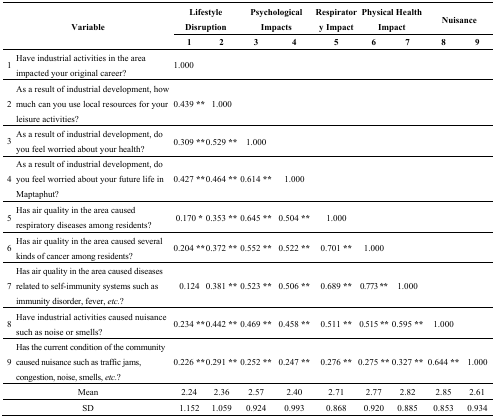
<table><thead><tr><td rowspan="2" colspan="2"><b>Variable</b></td><td colspan="2"><b>Lifestyle Disruption</b></td><td colspan="2"><b>Psychological Impacts</b></td><td><b>Respiratory Impact</b></td><td colspan="2"><b>Physical Health Impact</b></td><td colspan="2"><b>Nuisance</b></td></tr><tr><td><b>1</b></td><td><b>2</b></td><td><b>3</b></td><td><b>4</b></td><td><b>5</b></td><td><b>6</b></td><td><b>7</b></td><td><b>8</b></td><td><b>9</b></td></tr></thead><tbody><tr><td>1</td><td>Have industrial activities in the area impacted your original career?</td><td>1.000</td><td></td><td></td><td></td><td></td><td></td><td></td><td></td><td></td></tr><tr><td>2</td><td>As a result of industrial development, how much can you use local resources for your leisure activities?</td><td>0.439<b>**</b></td><td>1.000</td><td></td><td></td><td></td><td></td><td></td><td></td><td></td></tr><tr><td>3</td><td>As a result of industrial development, do you feel worried about your health?</td><td>0.309<b>**</b></td><td>0.529<b>**</b></td><td>1.000</td><td></td><td></td><td></td><td></td><td></td><td></td></tr><tr><td>4</td><td>As a result of industrial development, do you feel worried about your future life in Maptaphut?</td><td>0.427<b>**</b></td><td>0.464<b>**</b></td><td>0.614<b>**</b></td><td>1.000</td><td></td><td></td><td></td><td></td><td></td></tr><tr><td>5</td><td>Has air quality in the area caused respiratory diseases among residents?</td><td>0.170<b>*</b></td><td>0.353<b>**</b></td><td>0.645<b>**</b></td><td>0.504<b>**</b></td><td>1.000</td><td></td><td></td><td></td><td></td></tr><tr><td>6</td><td>Has air quality in the area caused several kinds of cancer among residents?</td><td>0.204<b>**</b></td><td>0.372<b>**</b></td><td>0.552<b>**</b></td><td>0.522<b>**</b></td><td>0.701<b>**</b></td><td>1.000</td><td></td><td></td><td></td></tr><tr><td>7</td><td>Has air quality in the area caused diseases related to self-immunity systems such as immunity disorder, fever, <i>etc.</i>?</td><td>0.124</td><td>0.381<b>**</b></td><td>0.523<b>**</b></td><td>0.506<b>**</b></td><td>0.689<b>**</b></td><td>0.773<b>**</b></td><td>1.000</td><td></td><td></td></tr><tr><td>8</td><td>Have industrial activities caused nuisance such as noise or smells?</td><td>0.234<b>**</b></td><td>0.442<b>**</b></td><td>0.469<b>**</b></td><td>0.458<b>**</b></td><td>0.511<b>**</b></td><td>0.515<b>**</b></td><td>0.595<b>**</b></td><td>1.000</td><td></td></tr><tr><td>9</td><td>Has the current condition of the community caused nuisance such as traffic jams, congestion, noise, smells, <i>etc.</i>?</td><td>0.226<b>**</b></td><td>0.291<b>**</b></td><td>0.252<b>**</b></td><td>0.247<b>**</b></td><td>0.276<b>**</b></td><td>0.275<b>**</b></td><td>0.327<b>**</b></td><td>0.644<b>**</b></td><td>1.000</td></tr><tr><td colspan="2">Mean</td><td>2.24</td><td>2.36</td><td>2.57</td><td>2.40</td><td>2.71</td><td>2.77</td><td>2.82</td><td>2.85</td><td>2.61</td></tr><tr><td colspan="2">SD</td><td>1.152</td><td>1.059</td><td>0.924</td><td>0.993</td><td>0.868</td><td>0.920</td><td>0.885</td><td>0.853</td><td>0.934</td></tr></tbody></table>